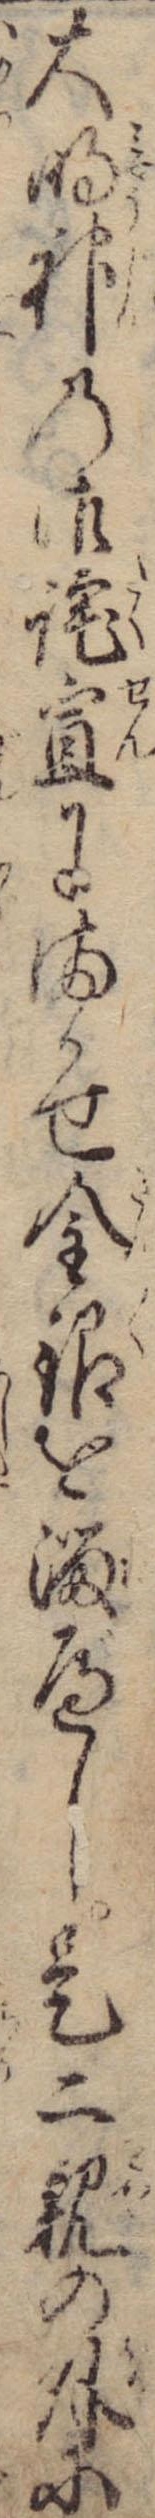
大明神の御詫宣にまかせ金銀を溜べし是二親の外に